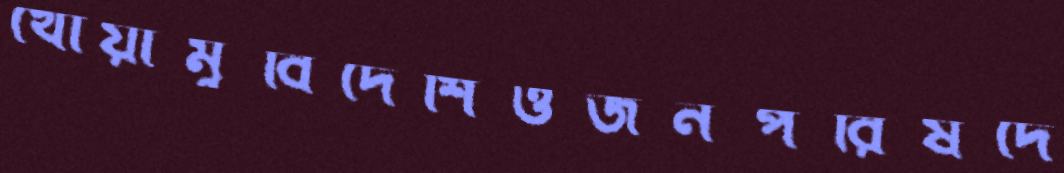
খোয়ামুবিদেশিওজনপরিষদে